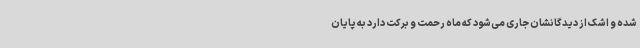
شده و اشک از دیدگانشان جاری می‌شود که ماه رحمت و برکت دارد به پایان